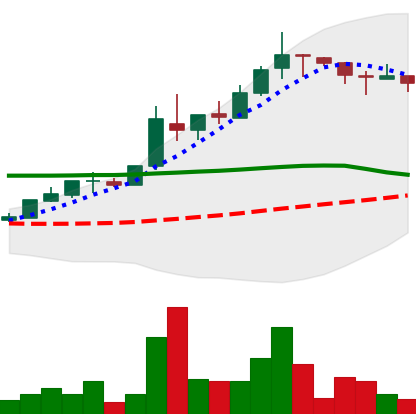
Ticker: TRX-USD
Chart end date: 2018-05-06
Forward return: -22.229%
Label: down_7plus